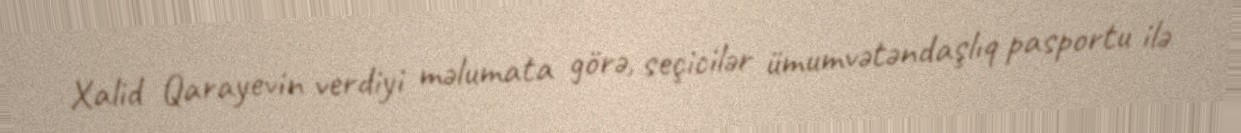
Xalid Qarayevin verdiyi məlumata görə, seçicilər ümumvətəndaşlıq pasportu ilə